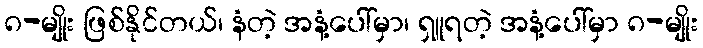
၈-မျိုး ဖြစ်နိုင်တယ်၊ နံတဲ့ အနံ့ပေါ်မှာ၊ ရှူရတဲ့ အနံ့ပေါ်မှာ ၈-မျိုး